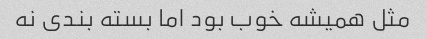
مثل همیشه خوب بود اما بسته بندی نه